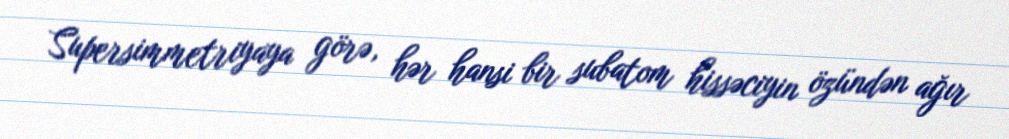
Supersimmetriyaya görə, hər hansi bir subatom hissəciyin özündən ağır